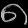
Digit: ၈